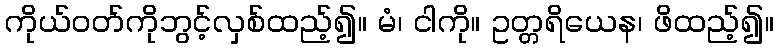
ကိုယ်ဝတ်ကိုဘွင့်လှစ်ထည့်၍။ မံ၊ ငါကို။ ဥတ္တရိယေန၊ ဖိထည့်၍။